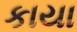
કાયા